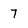
Character: 7